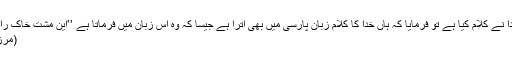
اور آپ سے پوچھا گیا کہ کیا زبان پارسی میں بھی کبھی خدا نے کلام کیا ہے تو فرمایا کہ ہاں خدا کا کلام زبان پارسی میں بھی اُترا ہے جیسا کہ وہ اُس زبان میں فرماتا ہے ’’این مُشتِ خاک راگرنہ بخشم چہ کنم‘‘(چشمہ معرفت، ر،خ 23 صفحہ 382)
(مرزائی مرزا قادیانی کے اس جھوٹ کا کوئی ثبوت پیش کریں۔